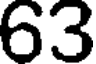
63